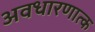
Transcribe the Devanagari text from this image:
अवधारणात्क